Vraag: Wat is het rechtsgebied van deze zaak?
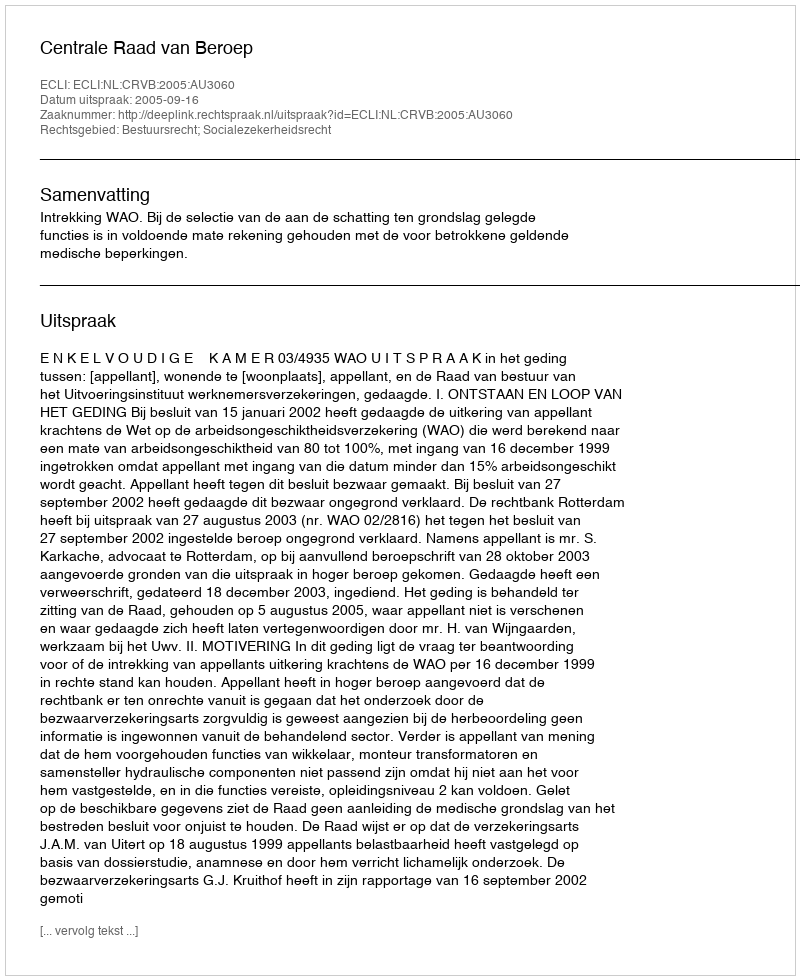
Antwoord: Bestuursrecht; Socialezekerheidsrecht